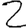
Digit: 2